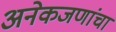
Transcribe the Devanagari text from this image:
अनेकजणांचा